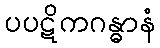
ပပဋိကဂန္ဓာနံ